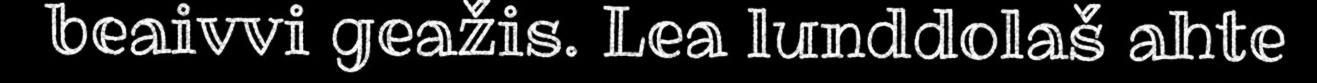
beaivvi geažis. Lea lunddolaš ahte